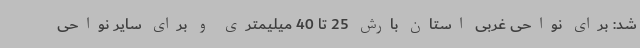
شد: برای نواحی غربی استان بارش 25 تا 40 میلیمتری و برای سایر نواحی